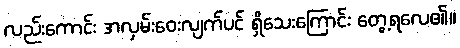
လည်းကောင်း အလှမ်းဝေးလျက်ပင် ရှိသေးကြောင်း တွေ့ရလေ၏။